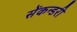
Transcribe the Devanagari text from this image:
सेंकन्‍डरी